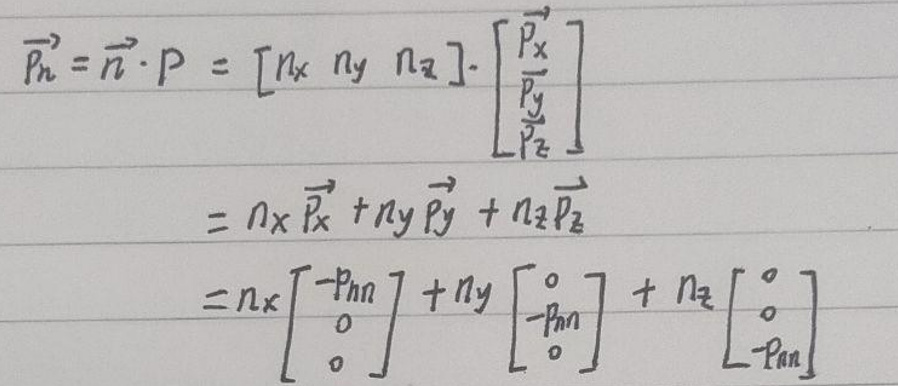
\[
\begin{align*}
\overrightarrow{p_n}&=\overrightarrow{n}\cdot p = [n_x\ n_y\ n_z]\cdot\begin{bmatrix}\overrightarrow{p_x}\\\overrightarrow{p_y}\\\overrightarrow{p_z}\end{bmatrix}\\
&=n_x\overrightarrow{p_x}+n_y\overrightarrow{p_y}+n_z\overrightarrow{p_z}\\
&=n_x\begin{bmatrix}-p_{nn}\\0\\0\end{bmatrix}+n_y\begin{bmatrix}0\\-p_{nn}\\0\end{bmatrix}+n_z\begin{bmatrix}0\\0\\-p_{nn}\end{bmatrix}
\end{align*}
\]